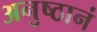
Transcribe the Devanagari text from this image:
अनुष्ठानं